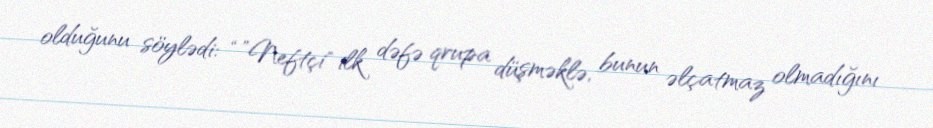
olduğunu söylədi: “”Neftçi" ilk dəfə qrupa düşməklə, bunun əlçatmaz olmadığını